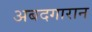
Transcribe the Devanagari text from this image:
अबदगारान